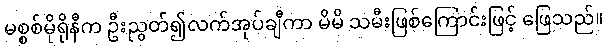
မစ္စစ်မိုရိုနီက ဦးညွတ်၍လက်အုပ်ချီကာ မိမိ သမီးဖြစ်ကြောင်းဖြင့် ဖြေသည်။